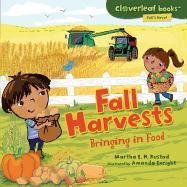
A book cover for Fall Harvests: Bringing in Food (Cloverleaf Books: Fall's Here!); Martha E. H. Rustad; Children's Books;